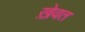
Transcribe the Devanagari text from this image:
ख़ेवत